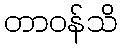
တာဝန်သိ